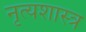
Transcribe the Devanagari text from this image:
नृत्‍यशास्‍त्र